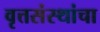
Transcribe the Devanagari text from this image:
वृत्तसंस्थांचा